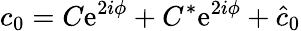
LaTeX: c_{0}=C\mathrm{e}^{2i\phi}+C^{*}\mathrm{e}^{2i\phi}+\hat{c}_{0}